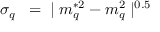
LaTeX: \sigma _ { q } ^ { } \; \; = \; \; \mid m _ { q } ^ { * 2 } - m _ { q } ^ { 2 } \mid ^ { 0 . 5 }